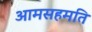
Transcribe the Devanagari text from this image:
आमसहमति